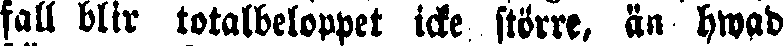
fall blir totalbeloppet icke större, än hwad